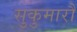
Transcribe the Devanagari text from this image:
सुकुमारौ